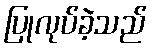
ပြုလုပ်ခဲ့သည်